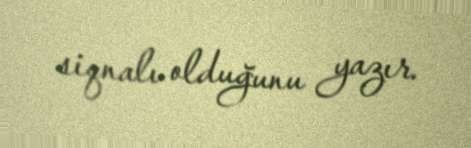
siqnalı olduğunu yazır.